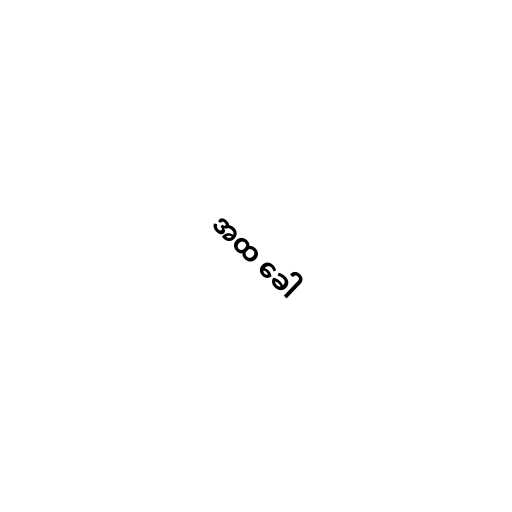
အထ ခေါ